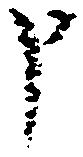
申